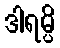
ဒါရမ္ပိ